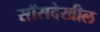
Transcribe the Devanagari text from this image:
सॉसदेखील